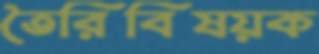
তৈরিবিষয়ক